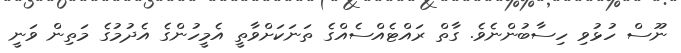
ނޫސް ހުޅުވި ހިސާބުންނެވެ. ގާތް ރައްޓެއްސެއްގެ ތަނަކަށްވާތީ އެމީހުންގެ އެދުމުގެ މަތިން ވަނީ